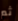
ثم